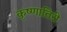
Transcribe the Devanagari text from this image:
कृष्णातिरी